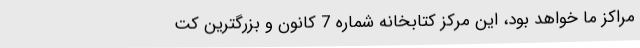
مراکز ما خواهد بود، این مرکز کتابخانه شماره 7 کانون و بزرگترین کت